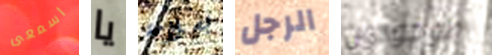
اسمعى يا بسلامة الرجل موجودون